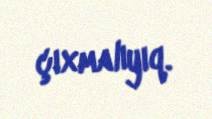
çıxmalıyıq.